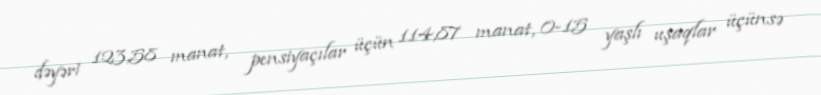
dəyəri 123,58 manat, pensiyaçılar üçün 114,87 manat, 0-15 yaşlı uşaqlar üçünsə